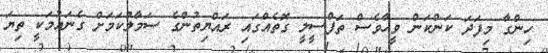
ހިންގާ މިފަދަ ކަންކަން ވީހާވެސް ތަފްސީލީ ގޮތެއްގައި ރައްޔިތުންގެ ސަމާލުކަމަށް ގެނައުމަކީ ތިޔަ